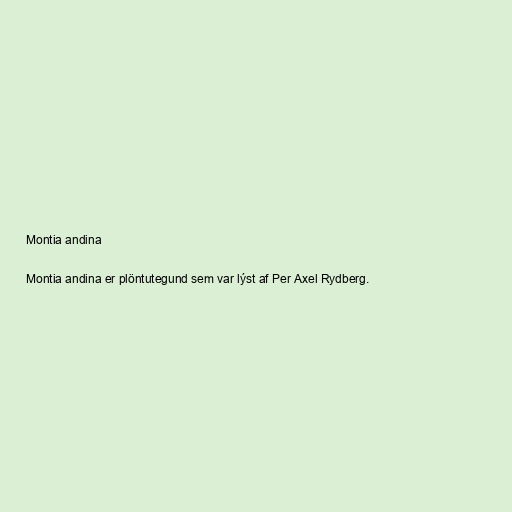
Montia andina

Montia andina er plöntutegund sem var lýst af Per Axel Rydberg.